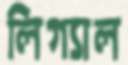
লিগ্যাল